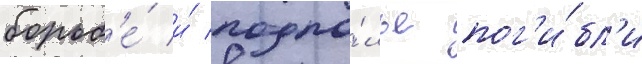
борьб'е́ и́ подпо́лье пог'и́бл'и